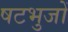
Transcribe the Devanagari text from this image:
षटभुजों